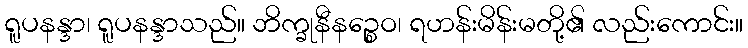
ရူပနန္ဒာ၊ ရူပနန္ဒာသည်။ ဘိက္ခုနီနဉ္စေဝ၊ ရဟန်းမိန်းမတို့၏ လည်းကောင်း။